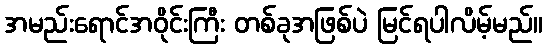
အမည်းရောင်အဝိုင်းကြီး တစ်ခုအဖြစ်ပဲ မြင်ရပါလိမ့်မည်။